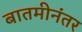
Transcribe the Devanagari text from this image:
बातमीनंतर